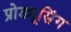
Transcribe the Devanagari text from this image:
प्रोड्यूसिंग